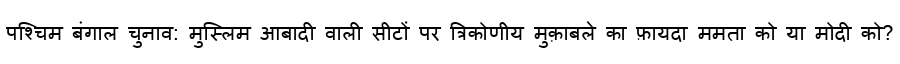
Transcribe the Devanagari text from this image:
पश्चिम बंगाल चुनाव: मुस्लिम आबादी वाली सीटों पर त्रिकोणीय मुक़ाबले का फ़ायदा ममता को या मोदी को?